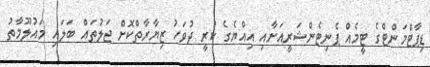
ޑިޕާޓްމަންޓްގެ ޓީމެއް ޕެނިޓެންޝަރީއަށާއި އިއްޔެގެ ކުރީ ދުވަހު ޒިޔާރާތްކޮށް ޖަލުތައް ބަލައި މައުލޫމާތު